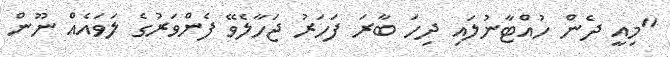
"މިއީ ދެން ހުއްޓާނުލައި ދިހަ ބާރަ ފަހަރު ޖަހާލެވޭ ފެންވަރުގެ ލަވައެއް ނޫން